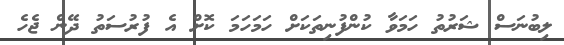
ލިބުނަސް ޝަރުތު ހަމަވާ ކުންފުނިތަކަށް ހަމަހަމަ ކޮށް އެ ފުރުސަތު ދޭން ޖެހެ